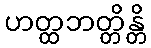
ဟတ္ထဘတ္တိန္တိ